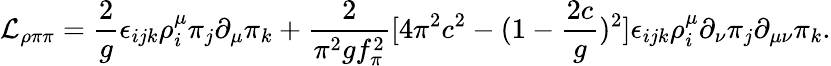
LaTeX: {\cal\mathcal{L}}_{\rho\pi\pi}={\frac{{2}}{{g}}}\epsilon_{ijk}\rho_{i}^{\mu}\pi_{j}\partial_{\mu}\pi_{k}+{\frac{{2}}{{\pi^{2}gf_{\pi}^{2}}}}[4\pi^{2}c^{2}-(1-{\frac{{2c}}{{g}}})^{2}]\epsilon_{ijk}\rho_{i}^{\mu}\partial_{\nu}\pi_{j}\partial_{\mu\nu}\pi_{k}.